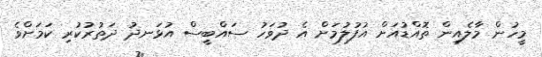
މީހުން މާލެއިން ތޮއްޑުއަށް އުފުލުމަށް އެ ދުވަހު ސައްބީސް އުޅަނދު ދަތުރުކުރި ކަމަށްވެ